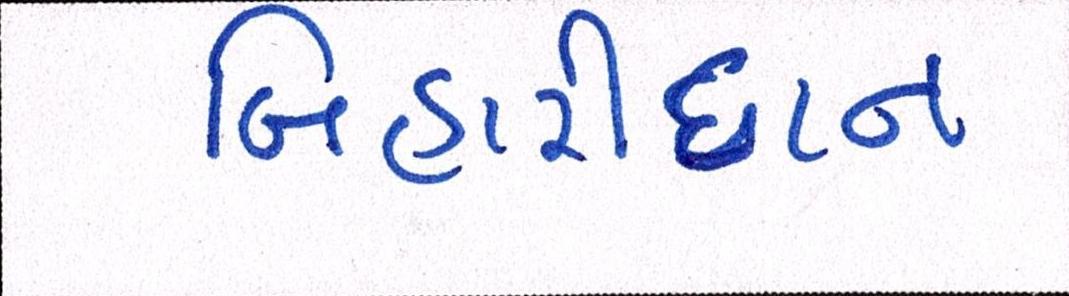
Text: બિહારીદાન